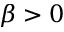
\beta > 0